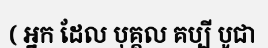
( អ្នក ដែល បុគ្គល គប្បី បូជា